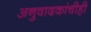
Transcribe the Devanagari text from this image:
अनुवादकांचीही